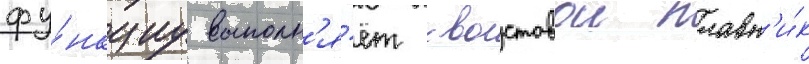
фу́нкциу выполн'я́ет хвостовои плавн'и́к